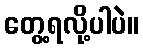
တွေ့ရလို့ပါပဲ။